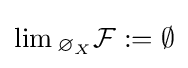
\lim {}_{\varnothing _{X}}{\mathcal {F}}:=\emptyset